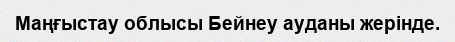
Маңғыстау облысы Бейнеу ауданы жерінде.